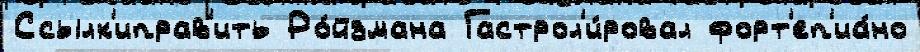
Ссылк'иправ'ить Ро́йзмана Гастрол'и́ровал форт'еп'иа́но